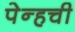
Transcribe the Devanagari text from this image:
पेन्हची